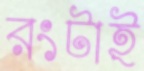
রংটাই